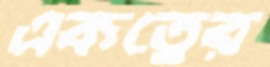
একত্বের